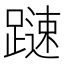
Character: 𨄞